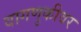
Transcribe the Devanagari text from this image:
वागणुकीवर